Medical and sanitary report on the native army of Bombay for the year
Year: 1877
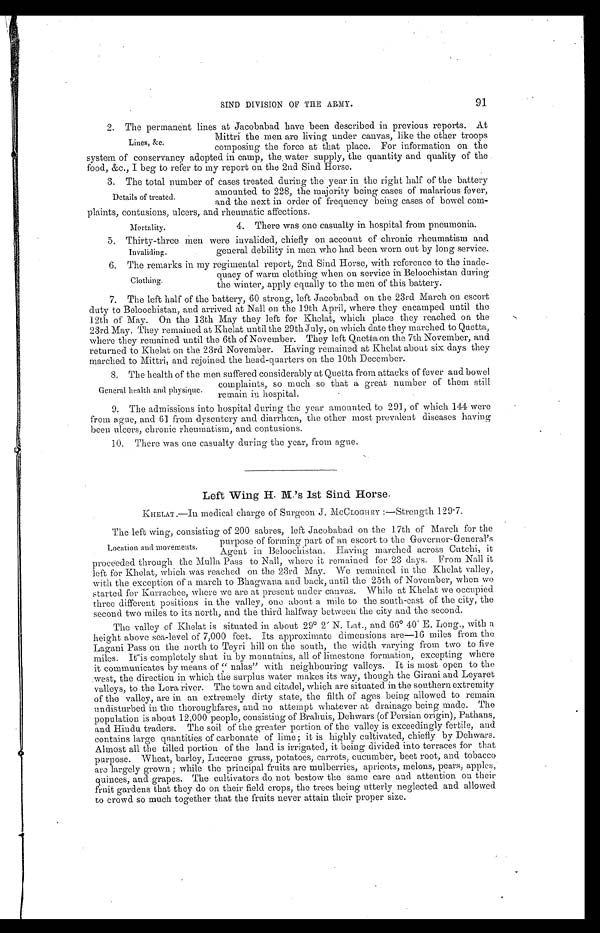
91
SIND DIVISION OF THE ARMY.
2. The permanent lines at Jacobabad have been described in previous reports. At
Mittri the men are living under canvas, like the other troops
composing the force at that place. For information on the
system of conservancy adopted in camp, the water supply, the quantity and quality of the
food, &c., I beg to refer to my report on the 2nd Sind Horse.
3 . T h e t o t a l n u m b e r o f c a s e s t r e a t e d d u r i n g t h e y e a r i n t h e r i g h t h a l f o f t h e b a t t e r y
amounted to 228, the majority being cases of malarious fever,
and the next in order of frequency being cases of bowel com
- p l a i n t s , c o n t u s i o n s , u l c e r s , a n d r h e u m a t i c a f f e c t i o n s .
Lines, &c.
Details of treated.
Mortality.
4. There was one casualty in hospital from pneumonia.
5. Thirty-three Men were invalided, chiefly on account of chronic rheumatism and
general debility in men who had been worn out by long service.
6. The remarks in my regimental report, 2nd Sind Horse, with reference to the inade-
quacy of warm clothing when on service in Beloochistan during
the winter, apply equally to the men of this battery.
7. The left half of the battery, 60 strong, left Jacobabad on the 23rd March on escort
duty to Beloochistan, and arrived at Nall on the 19th April, where they encamped until the
12th of May. On the 13th May they left for Khelat, which place they reached on the
23rd May. They remained at Khelat until the 29th July, on which date they marched to Quetta,
where they remained until the 6th of November. They left Quetta on the 7th November, and
returned to Khelat on the 23rd November. Having remained at Khelat about six days they
marched to Mittri, and rejoined the head-quarters on the 10th December.
8. The health of the men suffered considerably at Quetta from attacks of fever and bowel
complaints, so much so that a great number of them still
remain in hospital.
9. The admissions into hospital during the year amounted to 291, of which 144 were
from ague, and 61 from dysentery and diarrhœa, the other most prevalent diseases having
been ulcers, chronic rheumatism, and contusions.
1 0 . T h e r e w a s o n e c a s u a l t y d u r i n g t h e y e a r , f r o m a g u e .
Left Wing H. M.'s 1st Sind Horse.
KHELAT .—In medical charge of Surgeon J. MCCLOGHRY :—Strength 129.7.
The left wing, consisting of 200 sabres, left Jacobabad on the 17th of March for the
purpose of forming part of an escort to the Governor-General's
Agent in Beloochistan. Having marched across Cutchi, it
proceeded through the Mulla Pass to Nall, where it remained for 23 days. From Nall it
left for Khelat, which was reached on the 23rd May. We remained in the Khelat valley,
with the exception of a march to Bhagwana and back, until the 25th of November, when we
started for Kurrachee, where we are at present under canvas. While at Khelat we occupied
three different positions in the valley, one about a mile to the south-east of the city, the
second two miles to its north, and the third halfway between the city and the second.
The valley of Khelat is situated in about 29° 2' N. Lat., and 66° 40' E. Long., with a
height above sea-level of 7,000 feet. Its approximate dimensions are–16 miles from the
Lagani Pass on the north to Teyri bill on the south, the width varying from two to five
miles. It is completely shut in by mountains, all of limestone formation, excepting where
it communicates by means of "nalas" with neighbouring valleys. It is most open to the
west, the direction in which the surplus water makes its way, though the Girani and Leyaret
valleys, to the Lora river. The town and citadel, which are situated in the southern extremity
of the valley, are in an extremely dirty state, the filth of ages being allowed to remain
undisturbed in the thoroughfares, and no attempt whatever at drainage being made. The
population is about 12,000 people, consisting of Brahuis, Dehwars (of Persian origin), Pathans,
and Hindu traders. The soil of the greater portion of the valley is exceedingly fertile, and
contains large quantities of carbonate of lime; it is highly cultivated, chiefly by Dehwars.
Almost all the tilled portion of the land is irrigated, it being divided into terraces for that
purpose. Wheat, barley, Lucerne grass, potatoes, carrots, cucumber, beet root, and tobacco
are largely grown ; while the principal fruits are mulberries, apricots, melons, pears, apples,
quinces, and grapes. The cultivators do not bestow the same care and attention on their
fruit gardens that they do on their field crops, the trees being utterly neglected and allowed
to crowd so much together that the fruits never attain their proper size.
Invaliding.
Clothing.
General health and physique.
Location and movements.